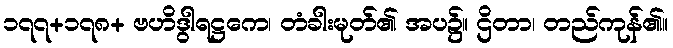
၁၇၇+၁၇၈+ ဗဟိဒွါရဋ္ဌကေ၊ တံခါးမုတ်၏ အပ၌။ ဌိတာ၊ တည်ကုန်၏။